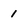
Character: 1